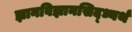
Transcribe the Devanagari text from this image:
ज्ञानविज्ञानसिद्ध्यर्थं